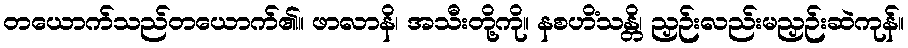
တယောက်သည်တယောက်၏။ ဖာလာနိ၊ အသီးတို့ကို။ နစဟိံသန္တိ၊ ညှဉ်းလည်းမညှဉ်းဆဲကုန်။